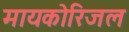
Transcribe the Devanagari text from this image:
मायकोरिजल